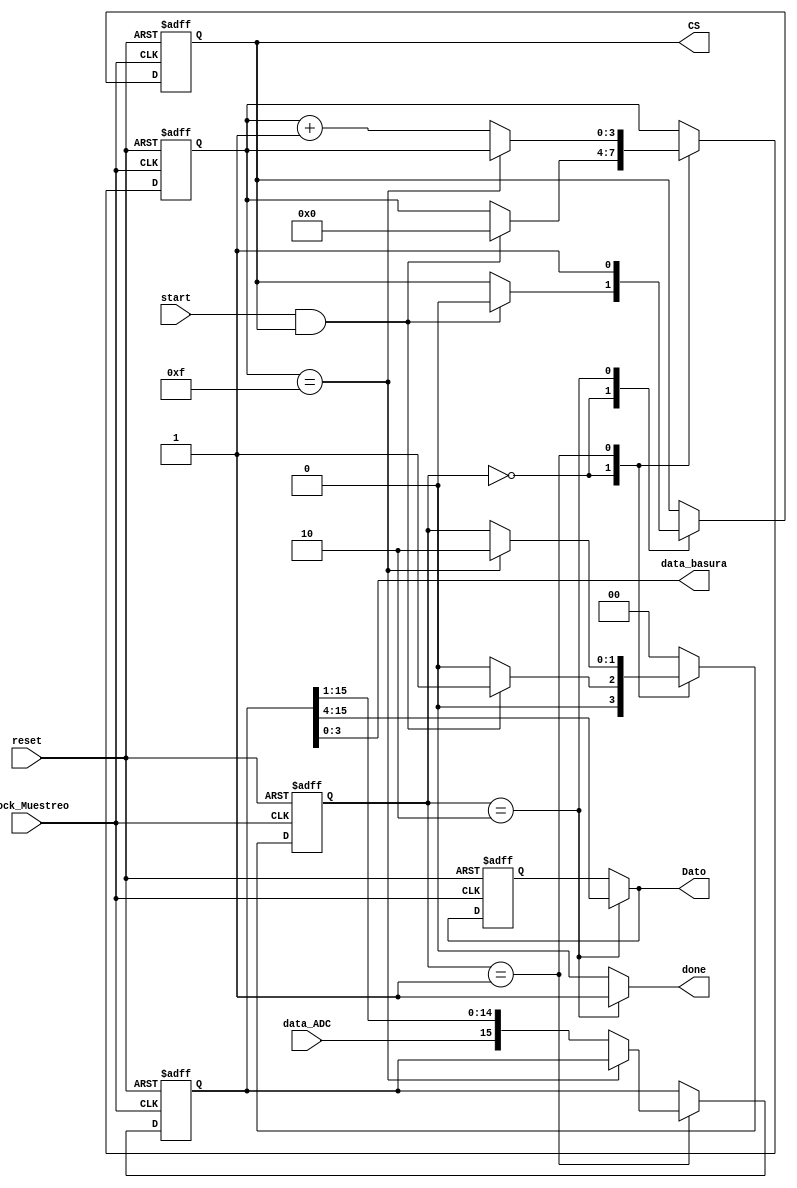
module Protocolo_ADC(
input wire Clock_Muestreo,reset, 
input wire data_ADC,
input wire start,
output reg done,
output wire CS,
output wire [3:0] data_basura,
output wire [11:0] Dato
);
 
// se definen los estados de la maquina 

localparam [1:0]
                Inicio=2'b00,
					 Capturar=2'b01,
					 Listo=2'b10;
// variables de logica de la maquina 
					 
reg [15:0] Data_Act,Data_next;
reg [11:0] Dato_final_A,Dato_final_N;
reg CS_A , CS_N; 
reg [1:0] Estado_Act,Estado_Next;
reg [3:0]contador_A,contador_N; 

// Acualizacion de los estados actuales y reset

always@(posedge Clock_Muestreo,posedge reset)
       begin 
		      if(reset)
				   begin
				   Data_Act <= 0;
               CS_A <= 1;
					Estado_Act <= 0;
					contador_A <= 0;
					Dato_final_A <=0;
				   end
            else 
				   begin 
				   Data_Act <= Data_next;
					CS_A <= CS_N;
					Estado_Act <= Estado_Next;
					contador_A <= contador_N;
					Dato_final_A <= Dato_final_N;
					end 
			end 
			
// logica de estado proximo de la maquina 

always @*
      begin 
		Data_next = Data_Act;
		CS_N = CS_A;
		Estado_Next = Estado_Act;
		contador_N = contador_A;
		Dato_final_N = Dato_final_A;
		done = 1'b0; 
		case (Estado_Act)
		      
				Inicio :  if(start && CS_N)
				             begin
				             CS_N = 1'b0;
							    Estado_Next = Capturar;
							    contador_N = 4'd0;
							    end 
							 else 
							    Estado_Next = Inicio;
		    Capturar :  
			           if(contador_N == 15)
						     Estado_Next = Listo;
							else 
							  begin 
							  Data_next = {data_ADC,Data_next[15:1]};
							  contador_N = contador_N + 1'b1;
							  end
			 Listo :
			            begin
							done = 1'b1;
							CS_N = 1'b1;
							Dato_final_N = Data_next[15:4];
							Estado_Next = Inicio;
							end 
							
			default :   Estado_Next = Inicio;
			endcase
			end 
// asignaciones a las salidas del modulo 
assign CS = CS_A;
assign data_basura = Data_Act[3:0];
assign Dato = Dato_final_N;
endmodule